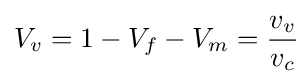
V_{v}=1-V_{f}-V_{m}={\frac {v_{v}}{v_{c}}}\!